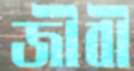
জীবী